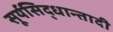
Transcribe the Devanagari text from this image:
सूर्यसिद्धान्तादी